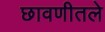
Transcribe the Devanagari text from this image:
छावणीतले